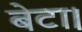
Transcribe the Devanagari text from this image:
बेटा।